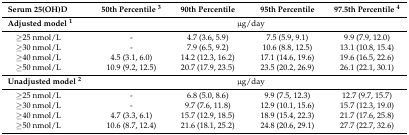
| Serum 25(OH)D | 50th Percentile 3 | 90th Percentile | 95th Percentile | 97.5th Percentile 4 |
 | --- | --- | --- | --- | --- |
 | Adjusted model 1 | <COLSPAN=4> μg/day |
 | ≥25 nmol/L | - | 4.7 (3.6, 5.9) | 7.5 (5.9, 9.1) | 9.9 (7.9, 12.0) |
 | ≥30 nmol/L | - | 7.9 (6.5, 9.2) | 10.6 (8.8, 12.5) | 13.1 (10.8, 15.4) |
 | ≥40 nmol/L | 4.5 (3.1, 6.0) | 14.2 (12.3, 16.2) | 17.1 (14.6, 19.6) | 19.6 (16.5, 22.6) |
 | ≥50 nmol/L | 10.9 (9.2, 12.5) | 20.7 (17.9, 23.5) | 23.5 (20.2, 26.9) | 26.1 (22.1, 30.1) |
 | Unadjusted model 2 | <COLSPAN=4> μg/day |
 | ≥25 nmol/L | - | 6.8 (5.0, 8.6) | 9.9 (7.5, 12.3) | 12.7 (9.7, 15.7) |
 | ≥30 nmol/L | - | 9.7 (7.6, 11.8) | 12.9 (10.1, 15.6) | 15.7 (12.3, 19.0) |
 | ≥40 nmol/L | 4.7 (3.3, 6.1) | 15.7 (12.9, 18.5) | 18.9 (15.4, 22.3) | 21.7 (17.6, 25.8) |
 | ≥50 nmol/L | 10.6 (8.7, 12.4) | 21.6 (18.1, 25.2) | 24.8 (20.6, 29.1) | 27.7 (22.7, 32.6) |